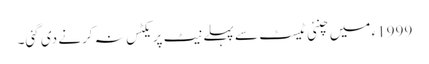
1999ء میں چنئی ٹیسٹ سے پہلے نیٹ پریکٹس نہ کرنے دی گئی۔